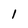
Character: 1